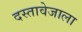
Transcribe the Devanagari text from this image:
दस्तावेजाला